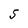
Character: 5